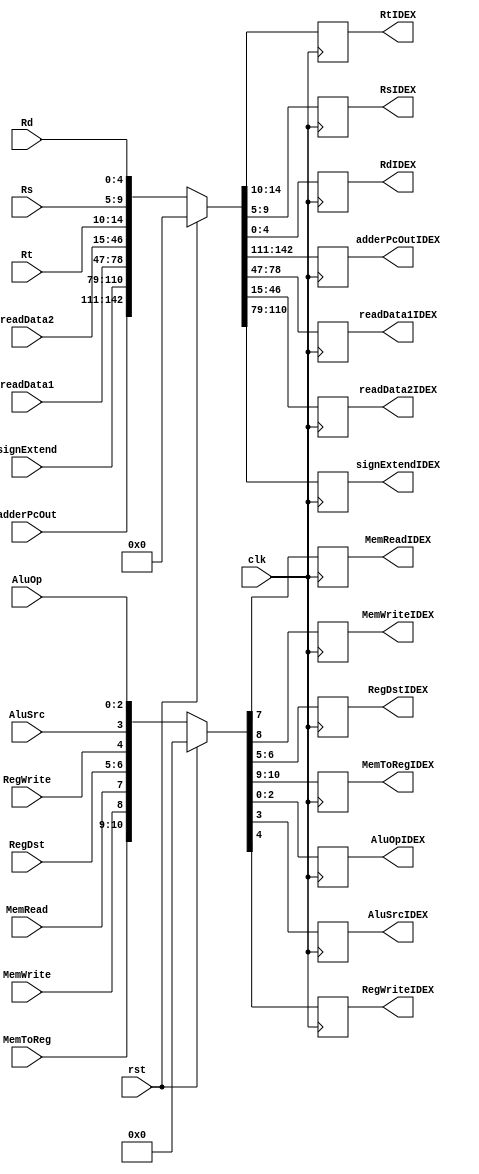
module IDEX(AluSrcIDEX, RegWriteIDEX, MemReadIDEX, MemWriteIDEX, RegDstIDEX, MemToRegIDEX, AluOpIDEX,
            RtIDEX, RsIDEX, RdIDEX, adderPcOutIDEX, readData1IDEX, readData2IDEX, signExtendIDEX, clk,
            rst, AluSrc, RegWrite, MemRead, MemWrite, RegDst, MemToReg, AluOp, Rt, Rs, Rd, adderPcOut,
            readData1, readData2, signExtend);
    output reg AluSrcIDEX, RegWriteIDEX, MemReadIDEX, MemWriteIDEX;
    output reg [1:0] RegDstIDEX, MemToRegIDEX;
    output reg [2:0] AluOpIDEX;
    output reg [4:0] RtIDEX, RsIDEX, RdIDEX;
    output reg [31:0] adderPcOutIDEX, readData1IDEX, readData2IDEX, signExtendIDEX;

    input clk, rst, AluSrc, RegWrite, MemRead, MemWrite;
    input [1:0] RegDst, MemToReg;
    input [2:0] AluOp;
    input [4:0] Rt, Rs, Rd;
    input [31:0] adderPcOut, readData1, readData2, signExtend;

    always @(posedge clk) begin
        if(rst) begin
            {MemToRegIDEX, MemWriteIDEX, MemReadIDEX, RegDstIDEX, RegWriteIDEX, AluSrcIDEX, AluOpIDEX} <= 11'd0;
            {adderPcOutIDEX, signExtendIDEX, readData1IDEX, readData2IDEX, RtIDEX, RsIDEX, RdIDEX} <= 143'd0; 
        end     
        else begin
            {MemToRegIDEX, MemWriteIDEX, MemReadIDEX, RegDstIDEX, RegWriteIDEX, AluSrcIDEX, AluOpIDEX} <= {MemToReg, MemWrite, MemRead, RegDst, RegWrite, AluSrc, AluOp};
            {adderPcOutIDEX, signExtendIDEX, readData1IDEX, readData2IDEX, RtIDEX, RsIDEX, RdIDEX} <= {adderPcOut, signExtend, readData1, readData2, Rt, Rs, Rd};
        end
    end
endmodule